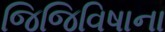
જિજિવિષાના